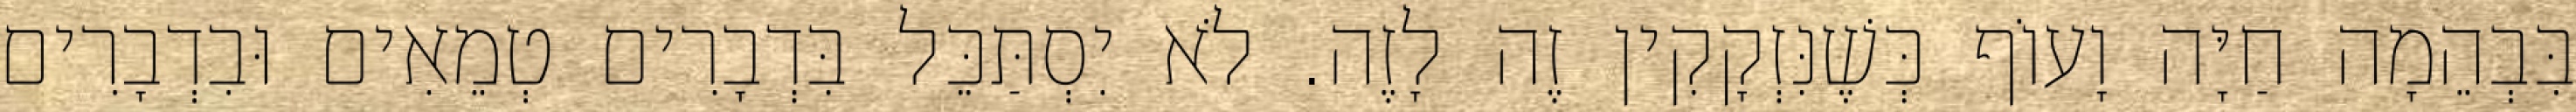
בִּבְהֵמָה חַיָּה וָעוֹף כְּשֶׁנִּזְקָקִין זֶה לָזֶה. לֹא יִסְתַּכֵּל בִּדְבָרִים טְמֵאִים וּבִדְבָרִים